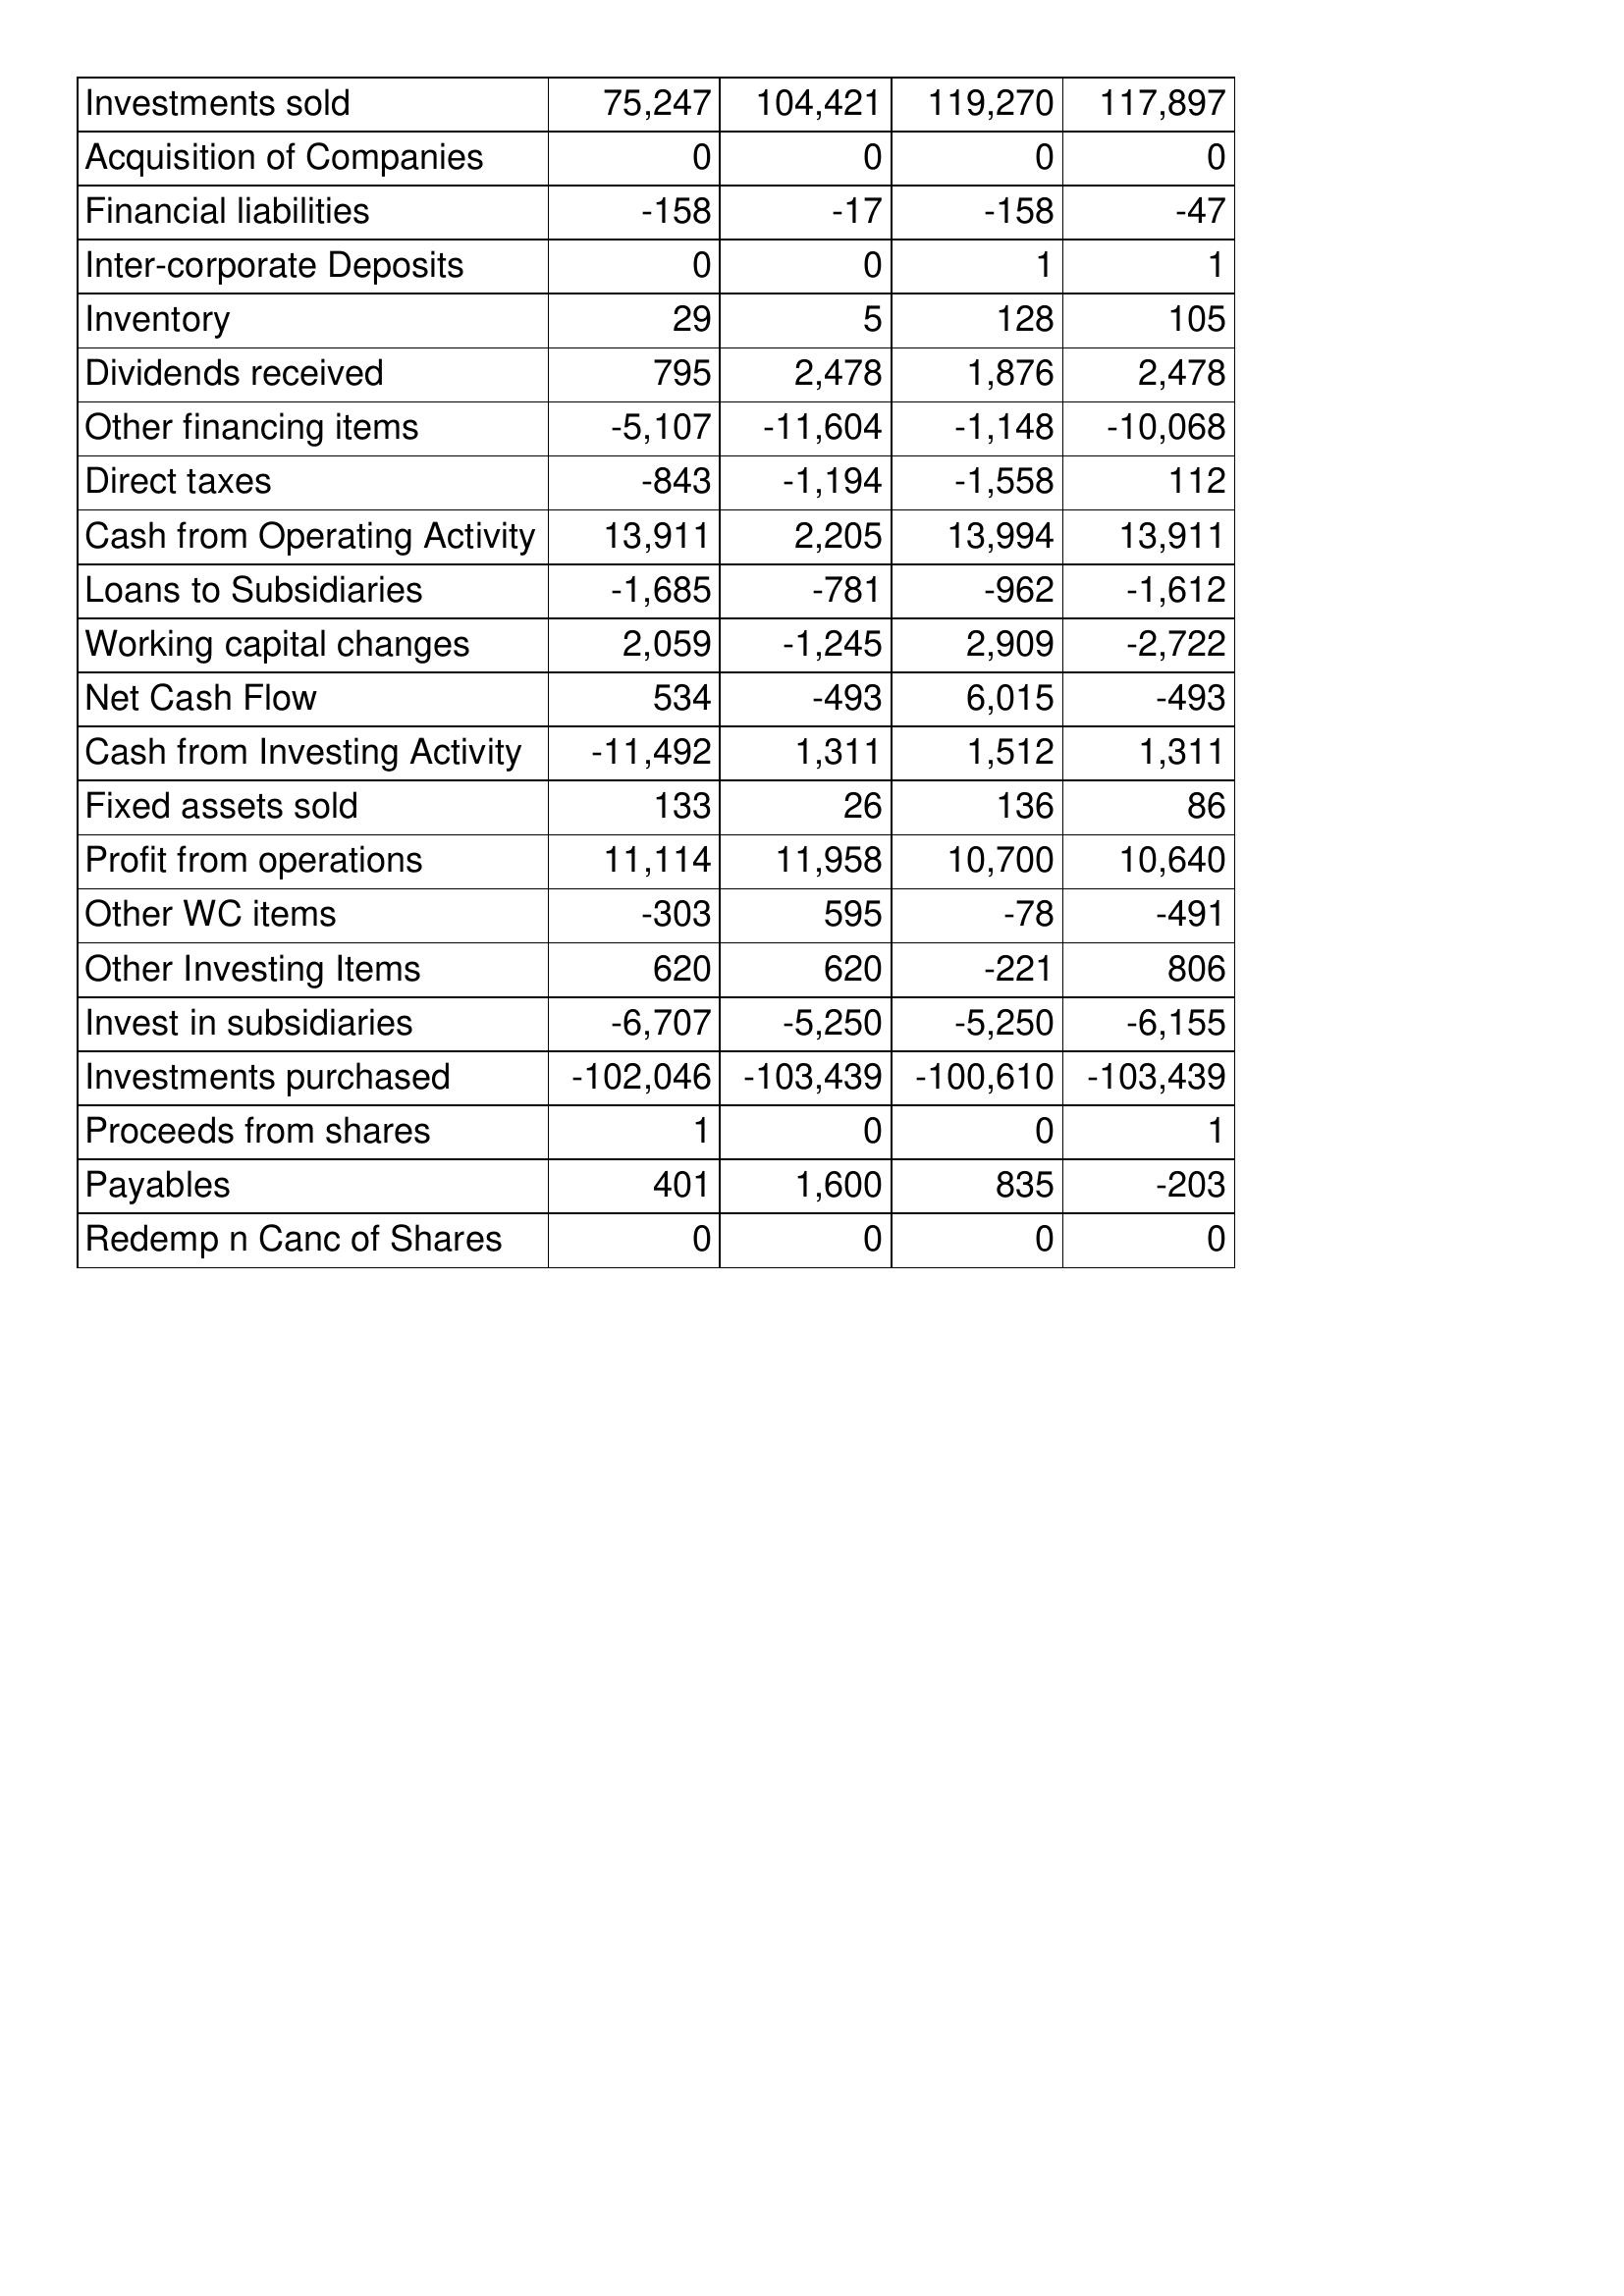
Oct-05: Cash Flows: Investments sold: 75,247
Acquisition of Companies: 0
Financial liabilities: -158
Inter-corporate Deposits: 0
Inventory: 29
Dividends received: 795
Other financing items: -5,107
Direct taxes: -843
Cash from Operating Activity: 13,911
Loans to Subsidiaries: -1,685
Working capital changes: 2,059
Net Cash Flow: 534
Cash from Investing Activity: -11,492
Fixed assets sold: 133
Profit from operations: 11,114
Other WC items: -303
Other Investing Items: 620
Invest in subsidiaries: -6,707
Investments purchased: -102,046
Proceeds from shares: 1
Payables: 401
Redemp n Canc of Shares: 0
Oct-06: Cash Flows: Investments sold: 104,421
Acquisition of Companies: 0
Financial liabilities: -17
Inter-corporate Deposits: 0
Inventory: 5
Dividends received: 2,478
Other financing items: -11,604
Direct taxes: -1,194
Cash from Operating Activity: 2,205
Loans to Subsidiaries: -781
Working capital changes: -1,245
Net Cash Flow: -493
Cash from Investing Activity: 1,311
Fixed assets sold: 26
Profit from operations: 11,958
Other WC items: 595
Other Investing Items: 620
Invest in subsidiaries: -5,250
Investments purchased: -103,439
Proceeds from shares: 0
Payables: 1,600
Redemp n Canc of Shares: 0
Oct-07: Cash Flows: Investments sold: 119,270
Acquisition of Companies: 0
Financial liabilities: -158
Inter-corporate Deposits: 1
Inventory: 128
Dividends received: 1,876
Other financing items: -1,148
Direct taxes: -1,558
Cash from Operating Activity: 13,994
Loans to Subsidiaries: -962
Working capital changes: 2,909
Net Cash Flow: 6,015
Cash from Investing Activity: 1,512
Fixed assets sold: 136
Profit from operations: 10,700
Other WC items: -78
Other Investing Items: -221
Invest in subsidiaries: -5,250
Investments purchased: -100,610
Proceeds from shares: 0
Payables: 835
Redemp n Canc of Shares: 0
Oct-08: Cash Flows: Investments sold: 117,897
Acquisition of Companies: 0
Financial liabilities: -47
Inter-corporate Deposits: 1
Inventory: 105
Dividends received: 2,478
Other financing items: -10,068
Direct taxes: 112
Cash from Operating Activity: 13,911
Loans to Subsidiaries: -1,612
Working capital changes: -2,722
Net Cash Flow: -493
Cash from Investing Activity: 1,311
Fixed assets sold: 86
Profit from operations: 10,640
Other WC items: -491
Other Investing Items: 806
Invest in subsidiaries: -6,155
Investments purchased: -103,439
Proceeds from shares: 1
Payables: -203
Redemp n Canc of Shares: 0